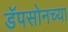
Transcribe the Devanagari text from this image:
डॅपसोनच्या